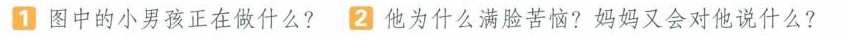
1图中的小男孩正在做什么?2他为什么满脸苦恼?妈妈又会对他说什么?